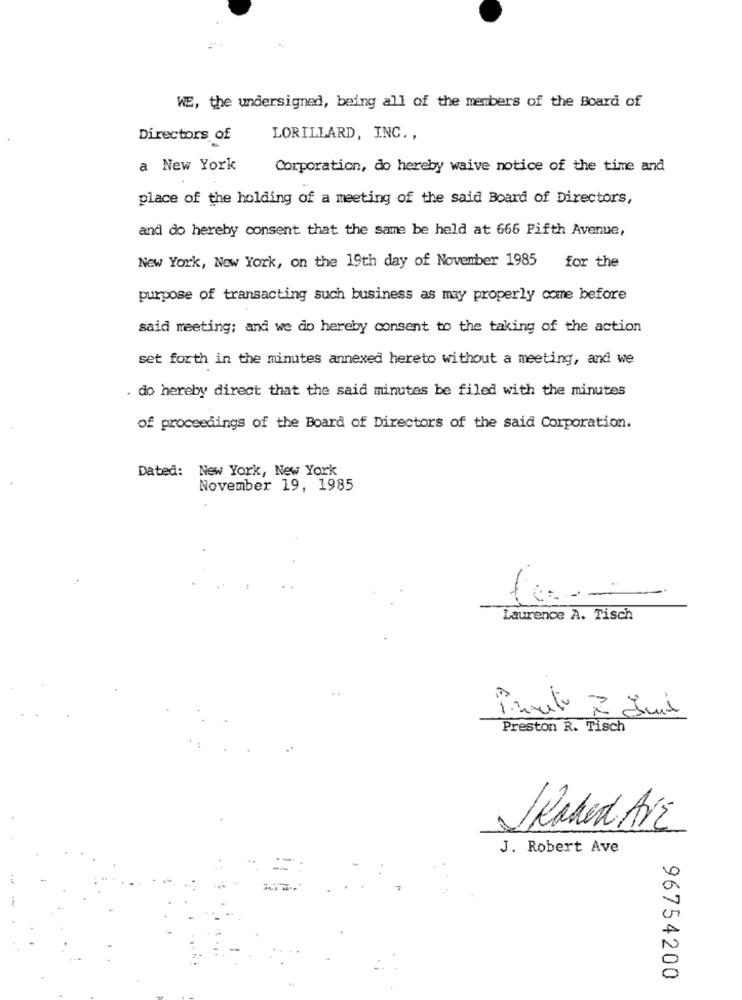
WE, the undersigned, being all of the members of the Board of
Directors of
LORILLARD, INC .,
a New York
Corporation, do hereby waive notice of the time and
place of the holding of a meeting of the said Board of Directors,
and do hereby consent that the same be held at 666 Fifth Avenue,
New York, New York, on the 19th day of November 1985
for the
purpose of transacting such business as may properly come before
said meeting; and we do hereby consent to the taking of the action
set forth in the minutes annexed hereto without a meeting, and we
. do hereby direct that the said minutes be filed with the minutes
of proceedings of the Board of Directors of the said Corporation.
Dated: New York, New York
November 19, 1985
-
Laurence A. Tisch
Pronto 7 Juil
Preston R. Tisch
JRaked Are
J. Robert Ave
96754200